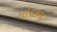
મોદકમ